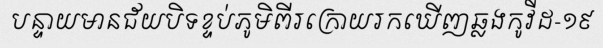
បន្ទាយមានជ័យបិទខ្ទប់ភូមិពីរក្រោយរកឃើញឆ្លងកូវីដ-១៩